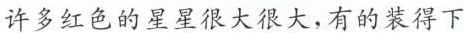
许多红色的星星很大很大，有的装得下